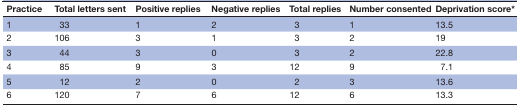
<table><thead><tr><td><b>Practice</b></td><td><b>Total letters sent</b></td><td><b>Positive replies</b></td><td><b>Negative replies</b></td><td><b>Total replies</b></td><td><b>Number consented</b></td><td><b>Deprivation score*</b></td></tr></thead><tbody><tr><td>1</td><td>33</td><td>1</td><td>2</td><td>3</td><td>1</td><td>13.5</td></tr><tr><td>2</td><td>106</td><td>3</td><td>1</td><td>3</td><td>2</td><td>19</td></tr><tr><td>3</td><td>44</td><td>3</td><td>0</td><td>3</td><td>2</td><td>22.8</td></tr><tr><td>4</td><td>85</td><td>9</td><td>3</td><td>12</td><td>9</td><td>7.1</td></tr><tr><td>5</td><td>12</td><td>2</td><td>0</td><td>2</td><td>3</td><td>13.6</td></tr><tr><td>6</td><td>120</td><td>7</td><td>6</td><td>12</td><td>6</td><td>13.3</td></tr></tbody></table>